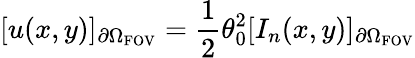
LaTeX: [u(x,y)]_{\partial\Omega_{\textrm{FOV}}}=\frac{1}{2}\theta_{0}^{2}[I_{n}(x,y)]_{\partial\Omega_{\textrm{FOV}}}